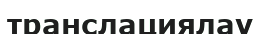
транслациялау